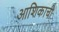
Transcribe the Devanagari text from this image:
आशिकाची